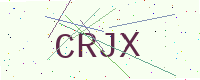
Text: CRJX